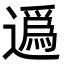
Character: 𨖿